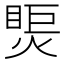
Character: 㷡